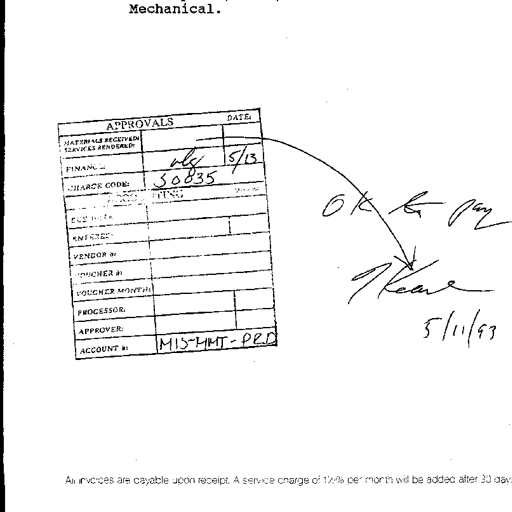
Mechanical.

APPROVALS DATE
MATERIALS RECEIVED/SERVICES RENDERED:
FINANCE: wlg 5/13
CHARGE CODE: 50835
ACCOUNTING:
DUE DATE:
ENTERED:
VENDOR #:
VOUCHER #:
VOUCHER MONTH:
PROCESSOR:
APPROVER: OK to pay
JKeane
5/11/93
ACCOUNT #: MIS-MMT-PRD

All invoices are payable upon receipt. A service charge of 1 1/2% per month will be added after 30 days.